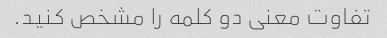
تفاوت معنی دو کلمه را مشخص کنید.